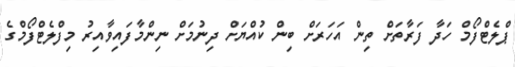
ޕްލެޓްފޯމް ހަދާ ފަރާތަށް ތިން އަހަރަށް ބިން ކުއްޔަށް ދިނުމަށް ނިންމާފައިވާއިރު މިފްލެޓްފޯމްގެ